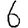
Digit: 6